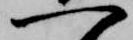
一